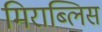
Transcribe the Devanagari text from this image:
मिराब्लिस